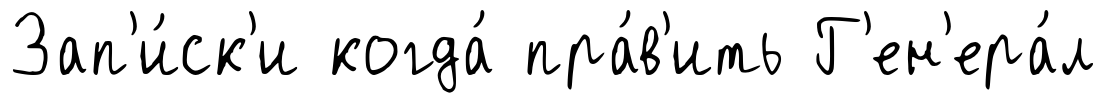
Зап'и́ск'и когда́ пра́в'ить Г'ен'ера́л